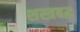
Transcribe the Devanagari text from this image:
शस्त्रबद्ध